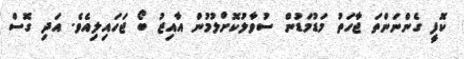
ކޮފީ ގެންނަންތަ ޖާހަތު މަޑުމަޑުން ސުވާލުކޮށްލުމުން އާއިޒު ބޯ ޖަހައިލިއެވެ. އަދި ގޮސް